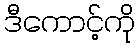
ဒီကောင့်ကို